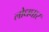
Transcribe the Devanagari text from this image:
लोधघार